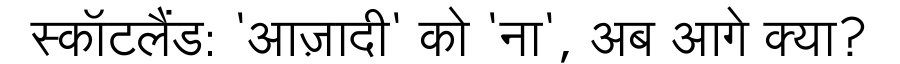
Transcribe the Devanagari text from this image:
स्कॉटलैंड: 'आज़ादी' को 'ना', अब आगे क्या?